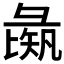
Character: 𱝡